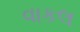
વાકલ